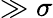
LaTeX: \gg\sigma